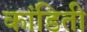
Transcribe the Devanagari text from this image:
कांडिती